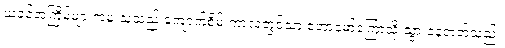
ယခင်အကြိမ်များကမူ သူသည် ကျောက်စိမ်းကာလတွင်သာ တောမော်ကြောသို့ သွားနေတတ်သည်။